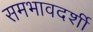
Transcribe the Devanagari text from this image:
समभावदर्शी